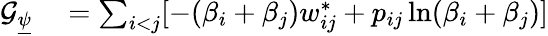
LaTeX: \begin{array}{rl}{\mathcal{G}_{\underline{{\psi}}}}&{{}=\sum_{i<j}[-(\beta_{i}+\beta_{j})w_{ij}^{*}+p_{ij}\ln(\beta_{i}+\beta_{j})]}\end{array}